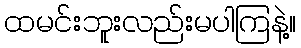
ထမင်းဘူးလည်းမပါကြနဲ့။